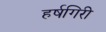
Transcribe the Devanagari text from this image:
हर्षगिरी